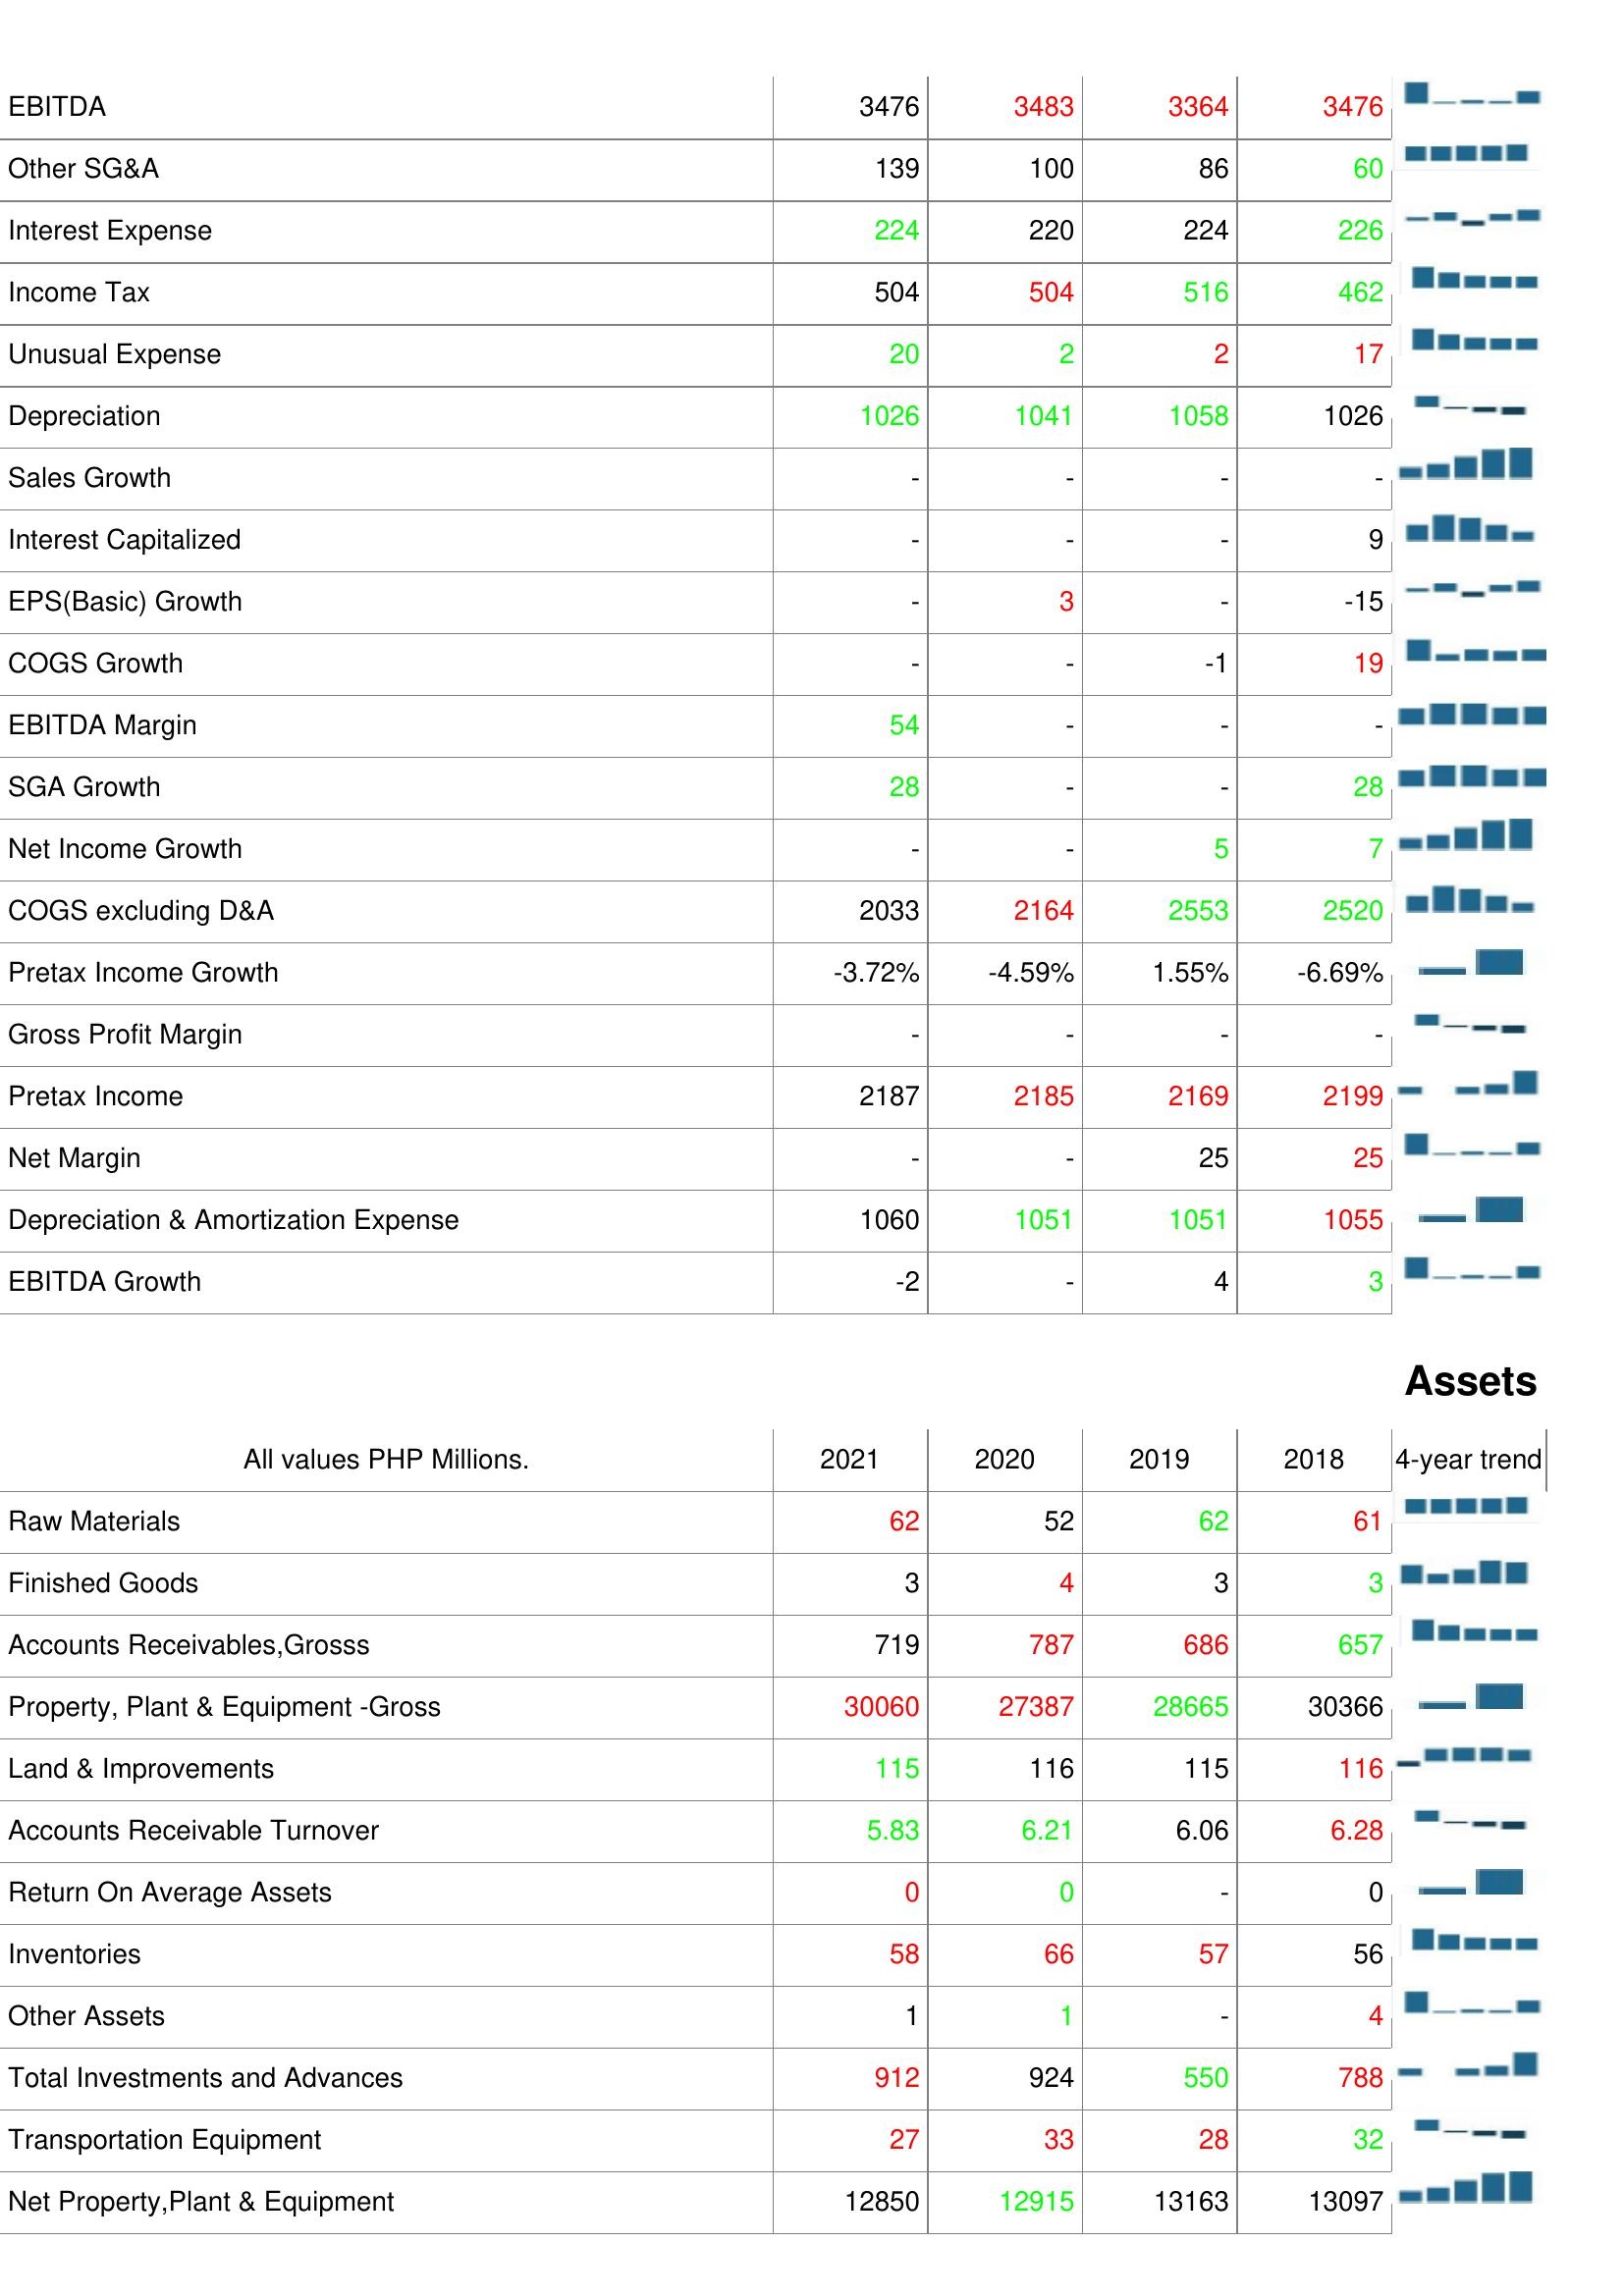
2021: : EBITDA: 3476
Other SG&A: 139
Interest Expense: 224
Income Tax: 504
Unusual Expense: 20
Depreciation: 1026
Sales Growth: -
Interest Capitalized: -
EPS(Basic) Growth: -
COGS Growth: -
EBITDA Margin: 54
SGA Growth: 28
Net Income Growth: -
COGS excluding D&A: 2033
Pretax Income Growth: -3.72%
Gross Profit Margin: -
Pretax Income: 2187
Net Margin: -
Depreciation & Amortization Expense: 1060
EBITDA Growth: -2
Assets: Raw Materials: 62
Finished Goods: 3
Accounts Receivables,Grosss: 719
Property, Plant & Equipment -Gross: 30060
Land & Improvements: 115
Accounts Receivable Turnover: 5.83
Return On Average Assets: 0
Inventories: 58
Other Assets: 1
Total Investments and Advances: 912
Transportation Equipment: 27
Net Property,Plant & Equipment: 12850
2020: : EBITDA: 3483
Other SG&A: 100
Interest Expense: 220
Income Tax: 504
Unusual Expense: 2
Depreciation: 1041
Sales Growth: -
Interest Capitalized: -
EPS(Basic) Growth: 3
COGS Growth: -
EBITDA Margin: -
SGA Growth: -
Net Income Growth: -
COGS excluding D&A: 2164
Pretax Income Growth: -4.59%
Gross Profit Margin: -
Pretax Income: 2185
Net Margin: -
Depreciation & Amortization Expense: 1051
EBITDA Growth: -
Assets: Raw Materials: 52
Finished Goods: 4
Accounts Receivables,Grosss: 787
Property, Plant & Equipment -Gross: 27387
Land & Improvements: 116
Accounts Receivable Turnover: 6.21
Return On Average Assets: 0
Inventories: 66
Other Assets: 1
Total Investments and Advances: 924
Transportation Equipment: 33
Net Property,Plant & Equipment: 12915
2019: : EBITDA: 3364
Other SG&A: 86
Interest Expense: 224
Income Tax: 516
Unusual Expense: 2
Depreciation: 1058
Sales Growth: -
Interest Capitalized: -
EPS(Basic) Growth: -
COGS Growth: -1
EBITDA Margin: -
SGA Growth: -
Net Income Growth: 5
COGS excluding D&A: 2553
Pretax Income Growth: 1.55%
Gross Profit Margin: -
Pretax Income: 2169
Net Margin: 25
Depreciation & Amortization Expense: 1051
EBITDA Growth: 4
Assets: Raw Materials: 62
Finished Goods: 3
Accounts Receivables,Grosss: 686
Property, Plant & Equipment -Gross: 28665
Land & Improvements: 115
Accounts Receivable Turnover: 6.06
Return On Average Assets: -
Inventories: 57
Other Assets: -
Total Investments and Advances: 550
Transportation Equipment: 28
Net Property,Plant & Equipment: 13163
2018: : EBITDA: 3476
Other SG&A: 60
Interest Expense: 226
Income Tax: 462
Unusual Expense: 17
Depreciation: 1026
Sales Growth: -
Interest Capitalized: 9
EPS(Basic) Growth: -15
COGS Growth: 19
EBITDA Margin: -
SGA Growth: 28
Net Income Growth: 7
COGS excluding D&A: 2520
Pretax Income Growth: -6.69%
Gross Profit Margin: -
Pretax Income: 2199
Net Margin: 25
Depreciation & Amortization Expense: 1055
EBITDA Growth: 3
Assets: Raw Materials: 61
Finished Goods: 3
Accounts Receivables,Grosss: 657
Property, Plant & Equipment -Gross: 30366
Land & Improvements: 116
Accounts Receivable Turnover: 6.28
Return On Average Assets: 0
Inventories: 56
Other Assets: 4
Total Investments and Advances: 788
Transportation Equipment: 32
Net Property,Plant & Equipment: 13097